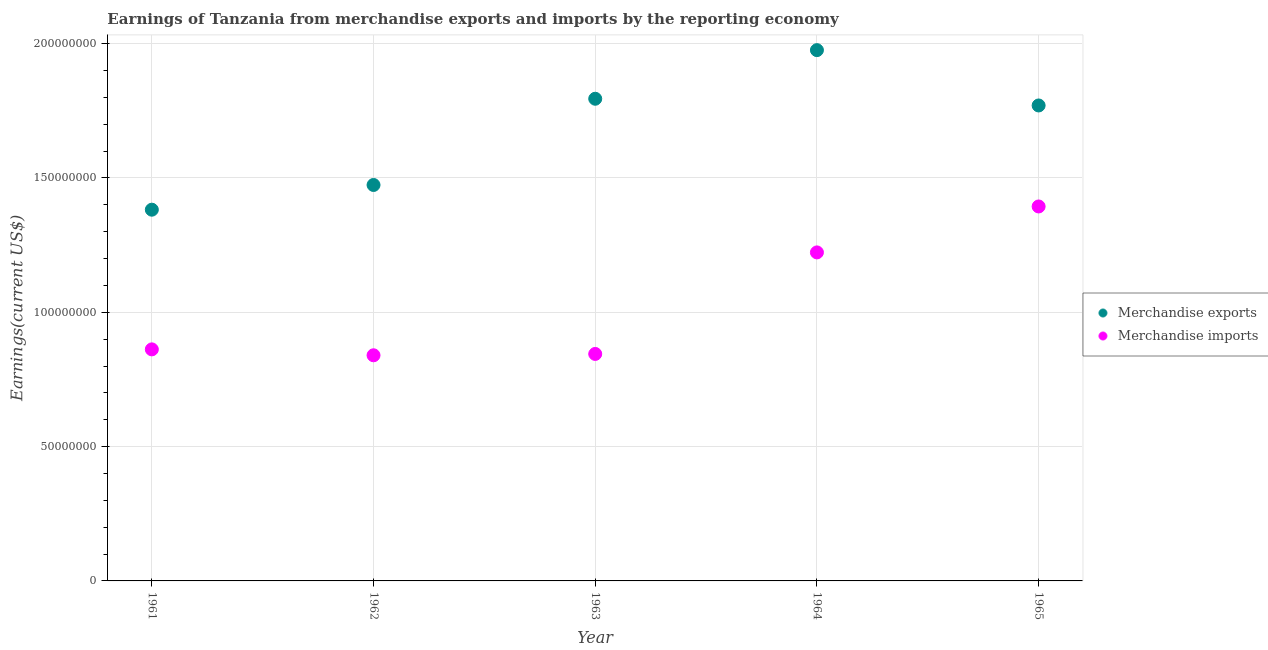
| Year | Merchandise exports | Merchandise imports |
 | --- | --- | --- |
 | 1961 | 1.38e+08 | 8.62e+07 |
 | 1962 | 1.47e+08 | 8.4e+07 |
 | 1963 | 1.8e+08 | 8.45e+07 |
 | 1964 | 1.98e+08 | 1.22e+08 |
 | 1965 | 1.77e+08 | 1.39e+08 |